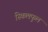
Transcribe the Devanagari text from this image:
स्किलफुल